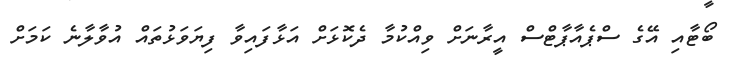
ބޯޓާއި އޭގެ ސްޕެއާޕާޓްސް އީރާނަށް ވިއްކުމާ ދެކޮޅަށް އަޅާފައިވާ ފިޔަވަޅުތައް އުވާލާނެ ކަމަށް